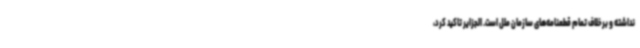
نداشته و برخلاف تمام قطعنامه‌های سازمان ملل است. الجزایر تاکید کرد،